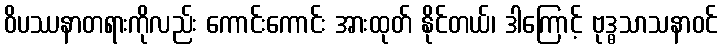
ဝိပဿနာတရားကိုလည်း ကောင်းကောင်း အားထုတ် နိုင်တယ်၊ ဒါကြောင့် ဗုဒ္ဓသာသနာဝင်